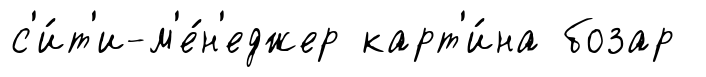
с'и́т'и-м'е́н'еджер карт'и́на бозар